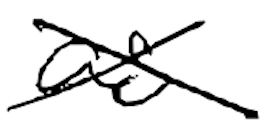
Text: as
Cross-out: cross
Writing tool: digital_black